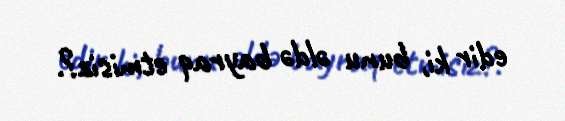
edir ki, bunu əldə bayraq etmisiz?.